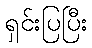
ရှင်းပြပြီး